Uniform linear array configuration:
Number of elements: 4
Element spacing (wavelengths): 0.25
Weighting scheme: binomial
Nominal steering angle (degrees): -15
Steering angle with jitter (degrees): -15.049
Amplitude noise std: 0.05
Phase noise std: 0.05

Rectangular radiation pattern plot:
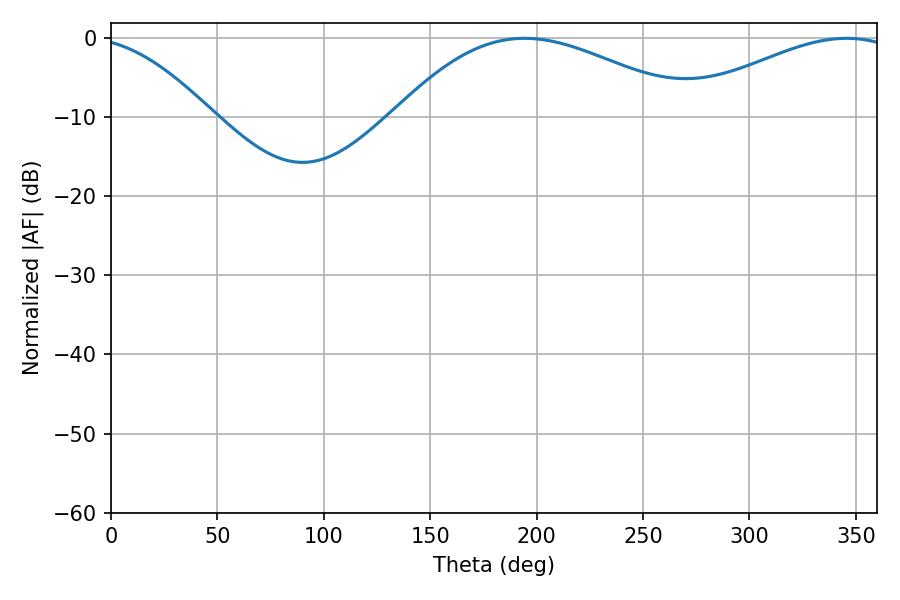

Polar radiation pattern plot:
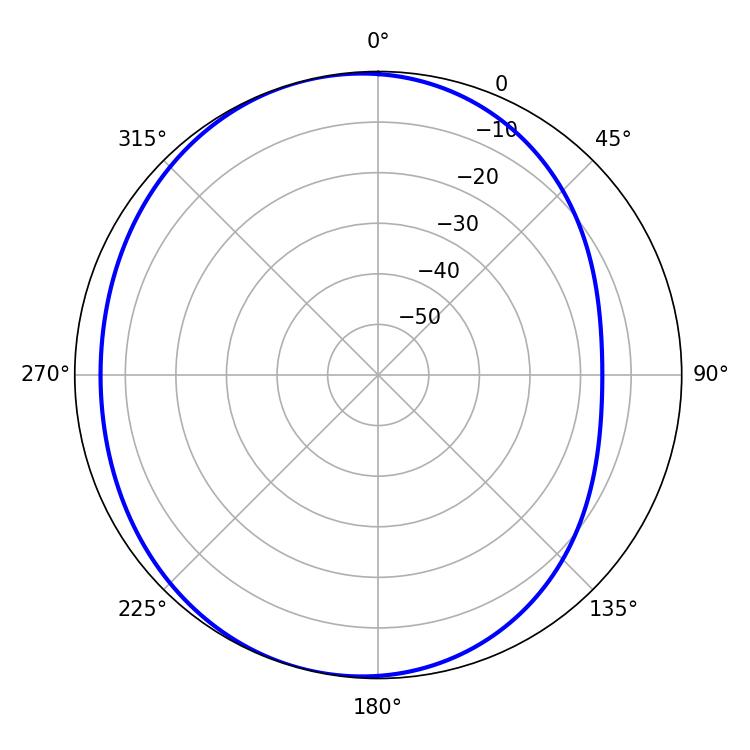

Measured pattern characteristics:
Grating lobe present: FALSE
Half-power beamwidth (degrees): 76.5
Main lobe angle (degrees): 194.4